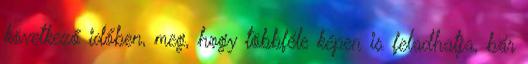
következő időben, meg, hogy többféle képen is feladhatja, bár